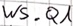
Text: WS.Q1